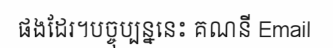
ផងដែរ។បច្ចុប្បន្ននេះ គណនី Email